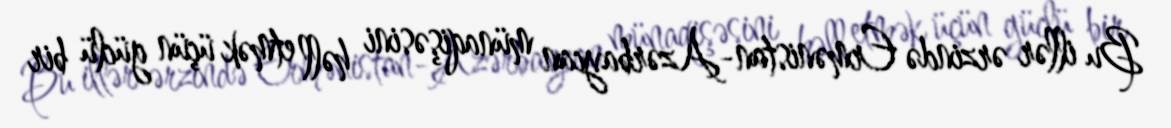
Bu illər ərzində Ermənistan-Azərbaycan münaqişəsini həll etmək üçün güclü bir